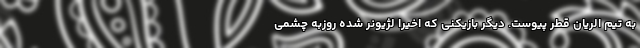
به تیم الریان قطر پیوست. دیگر بازیکنی که اخیرا لژیونر شده روزبه چشمی